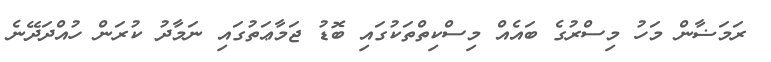
ރަމަޟާން މަހު މިސްރުގެ ބައެއް މިސްކިތްތަކުގައި ބޮޑު ޖަމާޢަތުގައި ނަމާދު ކުރަން ހުއްދަދޭނެ